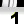
Digit: 1